Annual report on the working of the lock hospitals in the Central Provinces
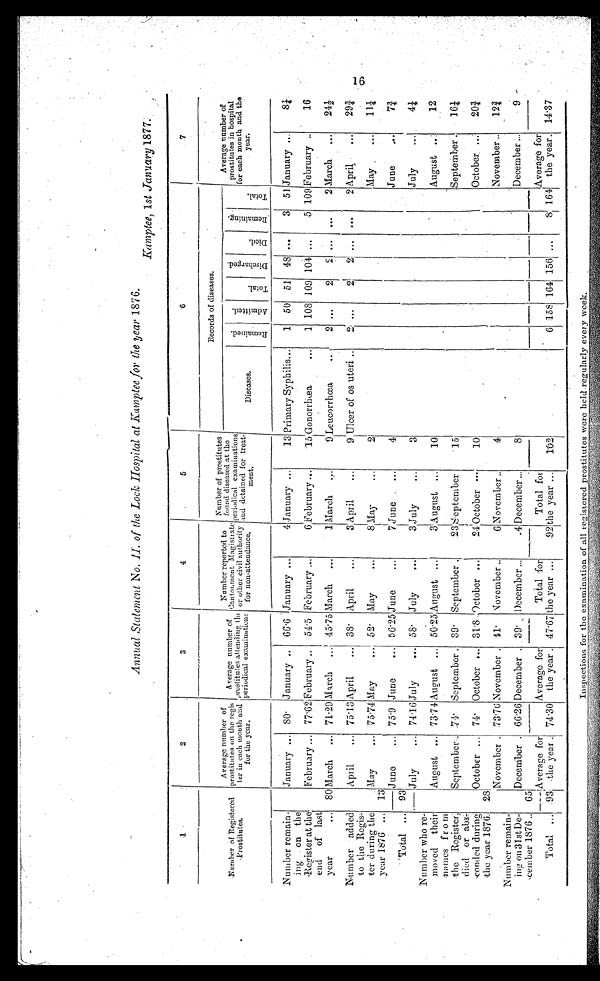
Annual Statement No. II. of the Lock Hospital at Kamptee for the year 1876.
Kamptee, 1 st January 1877 .
1
2
3
4
5
6
7
Number of Registered
Prostitutes.
Average number of
prostitutes on the regis
ter in each month and
for the year.
Average number of
prostitutes attending the
periodical examinations
Number reported to
Cantonment Magistrate
or other civil authority
for non-attendance.
Number of prostitutes
found diseased at the
periodical examinations
and detained for treat-
m e n t .
Records of diseases.
Average number of
prostitutes in hospital
for each month and the
year.
Diseases.
R e m a i n e d .
A d m i t t e d .
Total.
D i s c h a r g e d .
Died.
R e m a i n i n g .
T o t a l .
Number remain-
ing on the
Register at th
end of last
year
...
January ... 80. January ..
66.6 January ...
4 January ...
13 Primary Syphilis...
1 50 51
48 ...
3 51 January ...
8¼
February ... 77.62 February .. 54.5 February ...
6 February ...
15 Gonorrhœa
...
1 108 109 104 ...
5 109 February ..
16
80 March
... 71.29 March
... 45.75 March
...
1 March
...
9 Leucorrhœa
..
2 ...
2
2 ...
...
2 March
...
24½
Number added
to the Regis-
ter during the
year 1876 ...
April
... 75.13 April
... 38. April
...
3 April
...
9 Ulcer of os uteri ..
2 ...
2
2 ... ...
2 April
...
29¾
13
May
.... 75.74 May
...
52. May
...
8 May
. . .
2
May
...
11¼
June
... 75.9 June
... 56.25 June
...
7 June
...
4
June
...
7¾
Total ...
93
Number who re-
moved their
names from
the Register,
died or abs-
conded durin
g
the year 1876.
July
... 74.16July
... 58. July
...
3 July
...
3
July
...
4¼
August ... 73.74 August ... 50.25 August ...
3 August ...
10
August ..
12
September. 74.
September . 39. September .
23 September
15
September ...
16¼
28
October ... 74. October ... 31.8 October ...
24 October . . .
10
October ...
20¾
November . 73.70November .
4 1 . November ..
6
November ..
4
November ..
12¾
Number remain-
ing on 31st De-
cember 1876 ..
65
December . 66.26 December
. 39.
December ...
.4 December ...
8
December ...
9
Total
. . .
93
Average for
the year . 74.30
Average for
the year . 47.67
Total for
the year ...
92
Total for
the year ...
102
6 158 164 156 ...
8 164
Average for
the year.. 14.37
I n s p e c t i o n s f o r t h e e x a m i n a t i o n o f a l l r e g i s t e r e d p r o s t i t u t e s w e r e h e l d r e g u l a r l y e v e r y w e e k .
16